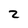
Character: 2